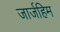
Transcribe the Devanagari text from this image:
जार्जहिम